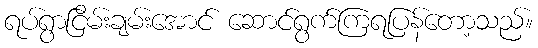
ရပ်ရွာငြိမ်းချမ်းအောင် ဆောင်ရွက်ကြရပြန်တော့သည်။